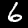
Label: 6